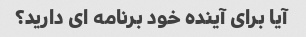
آیا برای آینده خود برنامه ای دارید؟